Vaccination North-Western Provinces 1866-1877 - 1866-1877
Year: 1866
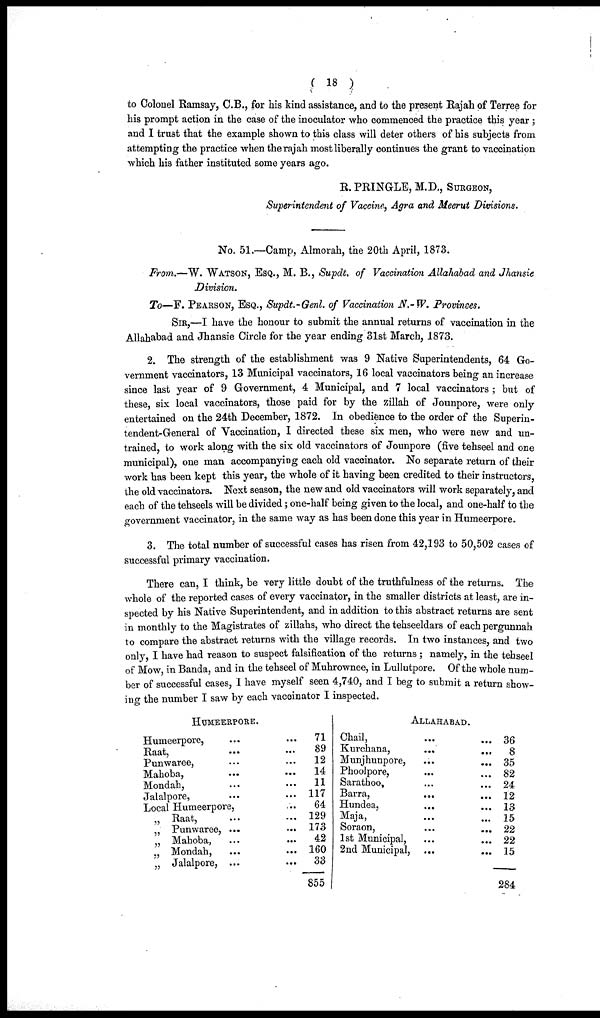
( 18 )
to Colonel Ramsay, C.B., for his kind assistance, and to the present Rajah of Terree for
his prompt action in the case of the inoculator who commenced the practice this year ;
and I trust that the example shown to this class will deter others of his subjects from
attempting the practice when the rajah most liberally continues the grant to vaccination
which his father instituted some years ago.
R. PRINGLE, M.D., SURGEON,
Superintendent of Vaccine, Agra and Meerut Divisions.
No. 51.—Camp, Almorah, the 20th April, 1873.
From.—W. WATSON, ESQ., M. B., Supdt. of Vaccination Allahabad and Jhansie
Division.
To— F. PEARSON, ESQ., Supdt.-Genl. of Vaccination N.-W. Provinces.
SIR,—I have the honour to submit the annual returns of vaccination in the
Allahabad and Jhansie Circle for the year ending 31st March, 1873.
2. The strength of the establishment was 9 Native Superintendents, 64 Go-
vernment vaccinators, 13 Municipal vaccinators, 16 local vaccinators being an increase
since last year of 9 Government, 4 Municipal, and 7 local vaccinators ; but of
these, six local vaccinators, those paid for by the zillah of Jounpore, were only
entertained on the 24th December, 1872. In obedience to the order of the Superin-
tendent-General of Vaccination, I directed these six men, who were new and un-
trained, to work along with the six old vaccinators of Jounpore (five tehseel and one
municipal), one man accompanying each old vaccinator. No separate return of their
work has been kept this year, the whole of it having been credited to their instructors,
the old vaccinators. Next season, the new and old vaccinators will work separately, and
each of the tehseels will be divided; one-half being given to the local, and one-half to the
government vaccinator, in the same way as has been done this year in Humeerpore.
3. The total number of successful cases has risen from 42,193 to 50,502 cases of
successful primary vaccination.
There can, I think, be very little doubt of the truthfulness of the returns. The
whole of the reported cases of every vaccinator, in the smaller districts at least, are in-
spected by his Native Superintendent, and in addition to this abstract returns are sent
in monthly to the Magistrates of zillahs, who direct the tehseeldars of each pergunnah
to compare the abstract returns with the village records. In two instances, and two
only, I have had reason to suspect falsification of the returns; namely, in the tehseel
of Mow, in Banda, and in the tehseel of Muhrownee, in Lullutpore. Of the whole num-
ber of successful cases, I have myself seen 4,740, and I beg to submit a return show-
ing the number I saw by each vaccinator I inspected.
HUMEERPORE.
Humeerpore, ... ...
Raat, ... ...
Punwaree, ... ...
Mahoba, ... ...
Mondah, ... ...
Jalalpore, ... ...
Local Humeerpore, ...
„ Raat, ... ...
„ Punwaree,
...
...
„ Mahoba, ... ...
„ Mondah, ... ...
„ Jalalpore, ... ...
71
89
12
14
11
117
64
129
173
42
160
33
855
ALLAHABAD.
Chail, ... ...
Kurchana, ... ...
Munjhunpore,
...
...
Phoolpore, ... ...
Sarathoo, ... ...
Barra, ... ...
Hundea, ... ...
Maja, ... ...
Soraon, ... ...
1st Municipal, ... ...
2nd Municipal, ... ...
36
8
35
82
24
12
13
15
22
22
15
284